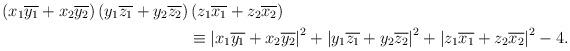
LaTeX: \begin{align*}\left(x_1\overline{y_1}+x_2\overline{y_2}\right)\left(y_1\overline{z_1}+y_2\overline{z_2}\right)&\left(z_1\overline{x_1}+z_2\overline{x_2}\right)\\&\equiv\left|x_1\overline{y_1}+x_2\overline{y_2}\right|^2+\left|y_1\overline{z_1}+y_2\overline{z_2}\right|^2+\left|z_1\overline{x_1}+z_2\overline{x_2}\right|^2-4.\end{align*}